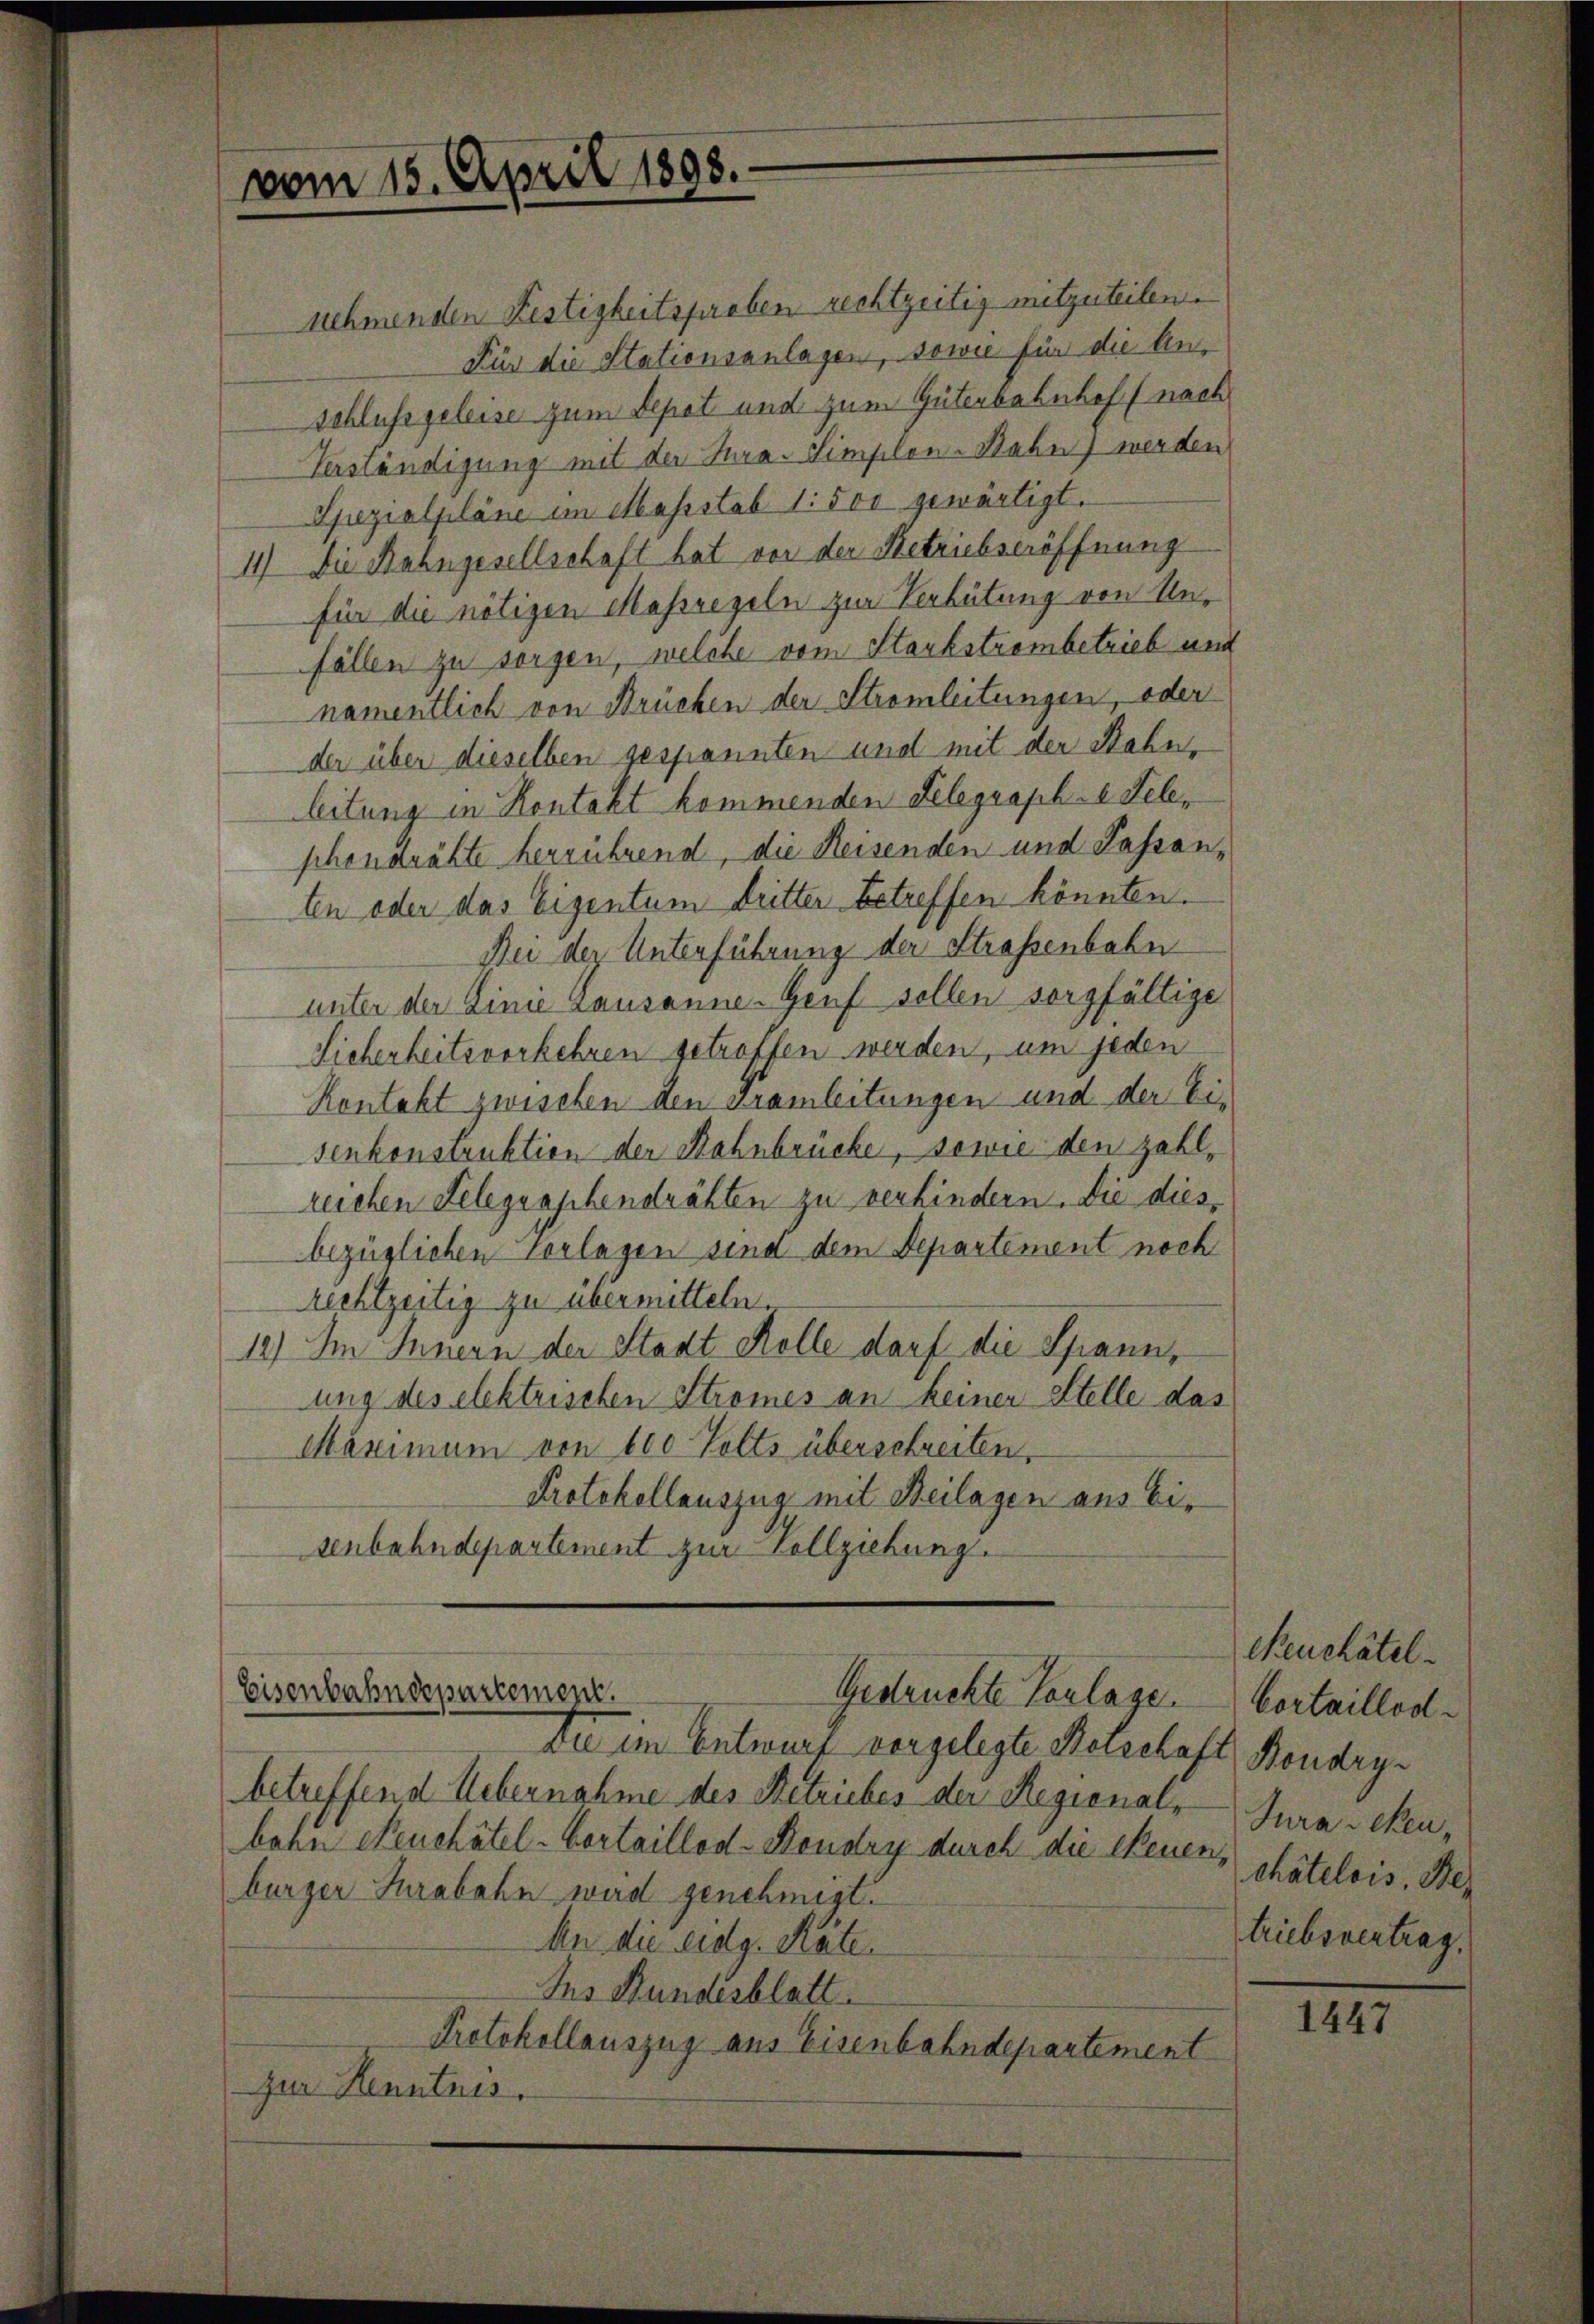
vom 15. April 1898.

nehmenden Festigkeitsproben rechtzeitig mitzuteilen.
Für die Stationsanlagen, sowie für die Anschluss geleise zum Depot und zum Güterbahnhof (nach
Verständigung mit der Jura. Simplon-Nahn) werden
Spezialpläne im Massstab 1: 500 gewärtigt.
11) Die Bahngesellschaft hat vor der Retriebseröffnung
für die nötigen Massregeln zur Verbütung von Unfällen zu sorgen, welche vom Staubstrombetrieb und
namentlich von Brücken der Stromleitungen, oder
der über dieselben gespannten und mit der Bahnleitung in Kontakt kommenden Telegraphe Teleschendrähte herrührend, die Reisenden und Passanten oder das Eigentum dritter betreffen könnten.
Bei der Unterführung der Strassenbahn
unter der Linie Lausanne-Genf sollen sorgfältige
Sicherheitsverkehren getroffen werden, um jeden
Kontakt zwischen den vramleitungen und der Eisenkonstruktion der Bahnbrücke, sowie den zahlreichen Telegraphendrähten zu verhindern. Die diesbezüglichen Vorlagen sind dem Departement noch
rechtzeitig zu übermitteln.
12.) Im Innern der Stadt Kolle darf die Spannung des elektrischen Stromes an keiner Stelle das
Maximum von 600 Volts überschreiten,
Protokollauszug mit Beilagen aus Eisenbahndepartement zur Vollziehung.
Eisenbahndepartement.
Gedruckte Vorlage.
Du im Entwurt vorgelegte Welschaft Boudry-
betreffend Uebernahme des Betriebes der Regionalbahn Neuchâtel-Vertaillod-Roudry durch die Feuerschâtelois, Ber
burger Turabahn wird genehmigt.
An die eidg. Räte
Ins Bundesblatt.
Protokollauszug aus Eisenbahndepartement
zur Kenntnis.

Neuchâtel
Cortaillod
Jura sehen,
triebsvertrag,

1447